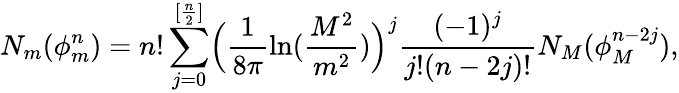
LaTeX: N_{m}(\phi_{m}^{n})=n!\sum_{j=0}^{[\frac{n}{2}]}\Bigl(\frac{1}{8\pi}\ln(\frac{M^{2}}{m^{2}})\Bigr)^{j}\frac{(-1)^{j}}{j!(n-2j)!}N_{M}(\phi_{M}^{n-2j}),